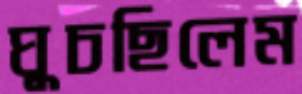
ঘুচছিলেম